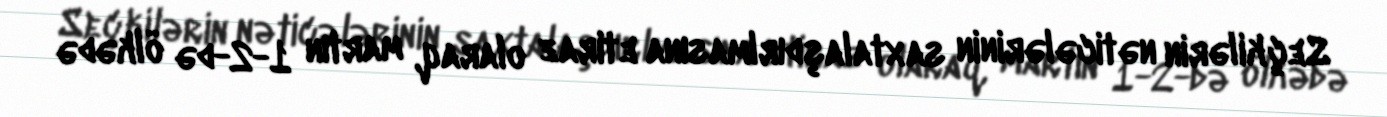
Seçkilərin nəticələrinin saxtalaşdırlmasına etiraz olaraq, martın 1-2-də ölkədə